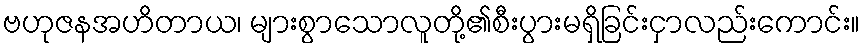
ဗဟုဇနအဟိတာယ၊ များစွာသောလူတို့၏စီးပွားမရှိခြင်းငှာလည်းကောင်း။